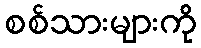
စစ်သားများကို